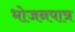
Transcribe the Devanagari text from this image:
भोजनपात्र